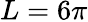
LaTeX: L=6\pi